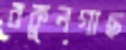
বকুলগাছ